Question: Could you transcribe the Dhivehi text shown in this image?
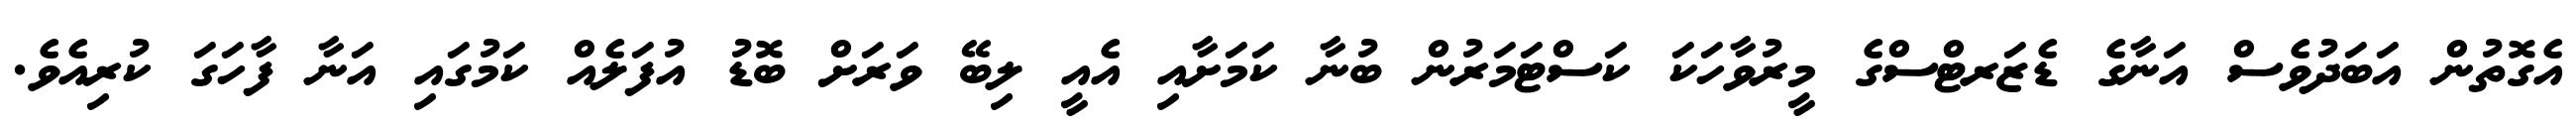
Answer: އެގޮތުން އަބަދުވެސް އަނާގެ ޑެޒަރޓްސްގެ މީރުވާހަކަ ކަސްޓަމަރުން ބުނާ ކަމަށާއި އެއީ ލިބޭ ވަރަށް ބޮޑު އުފަލެއް ކަމުގައި އަނާ ފާހަގަ ކުރިއެވެ.